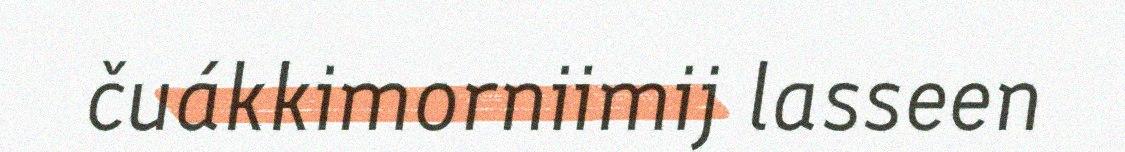
čuákkimorniimij lasseen